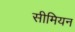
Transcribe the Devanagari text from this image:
सीमियन